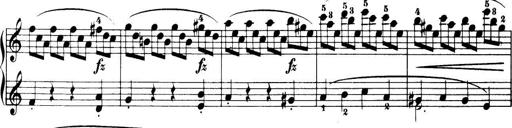
Title: 32 Sonatinas and Rondos for the Piano
Composer: Richard Kleinmichel